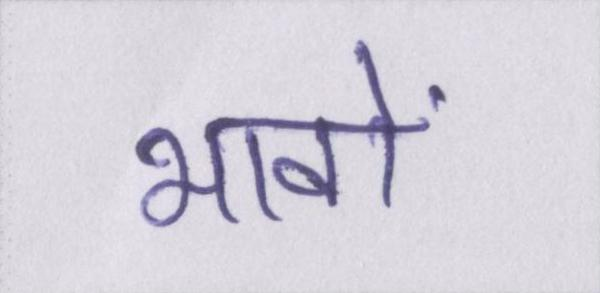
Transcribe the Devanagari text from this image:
भावों